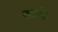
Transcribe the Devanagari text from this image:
कार्डने